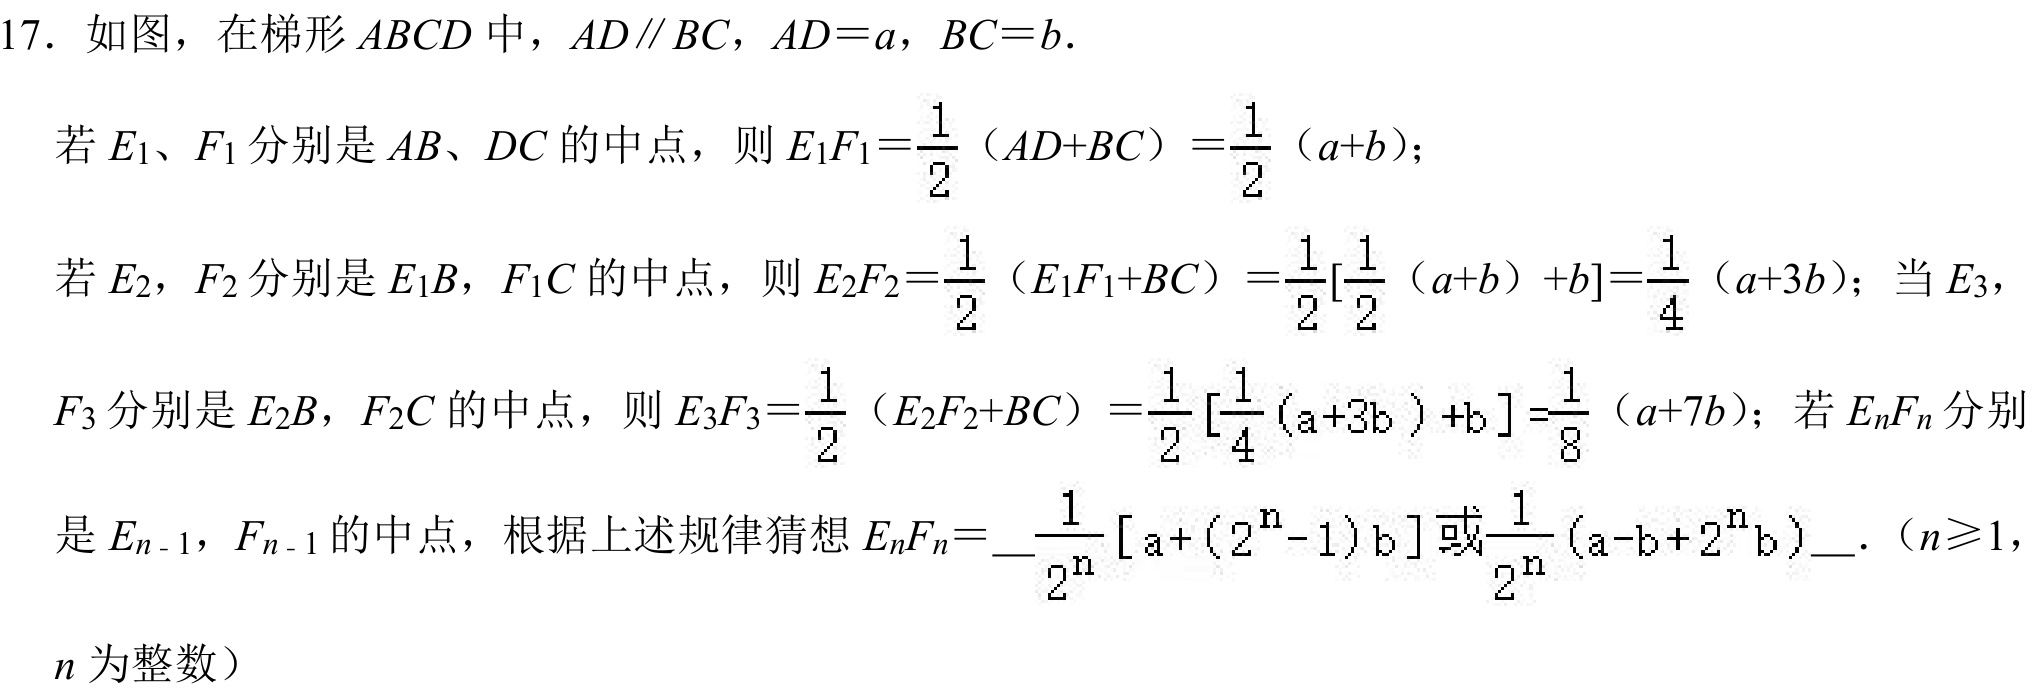
17. 如图，在梯形\(ABCD\)中，\(AD\parallel BC\)，\(AD = a\)，\(BC = b\).
若\(E_{1}\)、\(F_{1}\)分别是\(AB\)、\(DC\)的中点，则\(E_{1}F_{1}=\dfrac{1}{2}(AD + BC)=\dfrac{1}{2}(a + b)\)；
若\(E_{2}\)，\(F_{2}\)分别是\(E_{1}B\)，\(F_{1}C\)的中点，则\(E_{2}F_{2}=\dfrac{1}{2}(E_{1}F_{1}+BC)=\dfrac{1}{2}[\dfrac{1}{2}(a + b)+b]=\dfrac{1}{4}(a + 3b)\)；当\(E_{3}\)，
\(F_{3}\)分别是\(E_{2}B\)，\(F_{2}C\)的中点，则\(E_{3}F_{3}=\dfrac{1}{2}(E_{2}F_{2}+BC)=\dfrac{1}{2}[\dfrac{1}{4}(a + 3b)+b]=\dfrac{1}{8}(a + 7b)\)；若\(E_{n}F_{n}\)分别
是\(E_{n - 1}\)，\(F_{n - 1}\)的中点，根据上述规律猜想\(E_{n}F_{n} = \dfrac{1}{2^{n}}[a+(2^{n}-1)b]\text{或}\dfrac{1}{2^{n}}(a - b+2^{n}b)\)．（\(n\geqslant1\)，
\(n\)为整数）